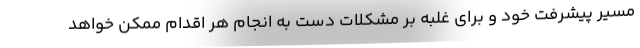
مسیر پیشرفت خود و برای غلبه بر مشکلات دست به انجام هر اقدام ممکن خواهد